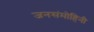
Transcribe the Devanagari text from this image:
जनसंमोहिनी